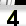
Digit: 3